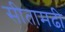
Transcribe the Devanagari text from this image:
सीता़मढी़